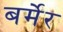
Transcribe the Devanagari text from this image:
बर्मेर